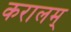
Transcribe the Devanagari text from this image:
करालम्